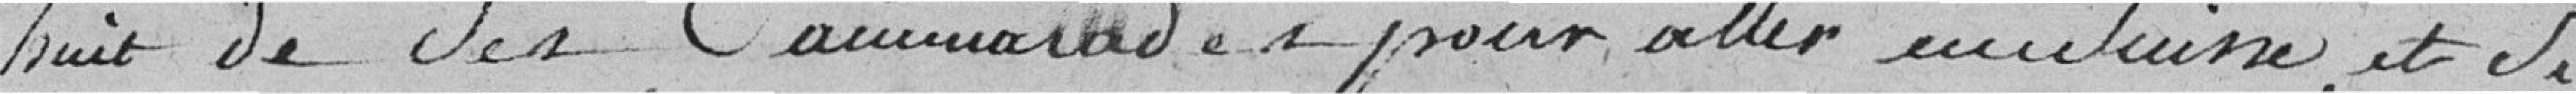
huit de ses camarades et pour aller en Suisse et si